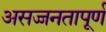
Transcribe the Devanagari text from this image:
असज्जनतापूर्ण